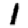
Digit: 1